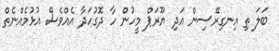
ބަލަ ތި އިނގިރޭސިން އަދި ޔޫރަޕް މީހުން ހާ ދޮގުހަދާ އެއްވެސް އުޅުމެއްނެތް